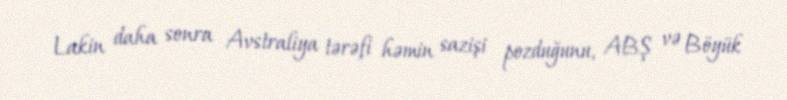
Lakin daha sonra Avstraliya tərəfi həmin sazişi pozduğunu, ABŞ və Böyük